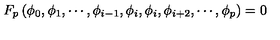
F _ { p } \left( \phi _ { 0 } , \phi _ { 1 } , \cdots , \phi _ { i - 1 } , \phi _ { i } , \phi _ { i } , \phi _ { i + 2 } , \cdots , \phi _ { p } \right) = 0